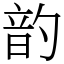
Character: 䪨